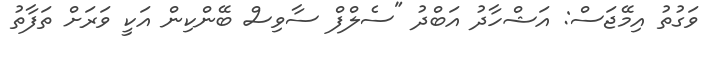
ވަގުތު އިމޭޖަސް: އަޝްހާދު އަބްދު "ސެލްފް ސާވިސް ބޭންކިން އަކީ ވަރަށް ތަފާތު